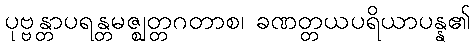
ပုဗ္ဗန္တာပရန္တမဇ္ဈတ္တဂတာစ၊ ခဏတ္တယပရိယာပန္န၏